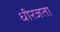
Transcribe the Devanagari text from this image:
धीरजता